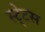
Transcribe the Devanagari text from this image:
स्‍टे्टस